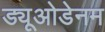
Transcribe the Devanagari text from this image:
ड्यूओडेनम